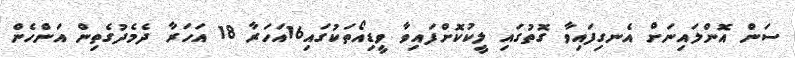
ސަން އޮންލައިނަށް އެނގިފައިވާ ގޮތުގައި ލީކުކޮށްފައިވާ ވީޑިއޯތަކުގައި16އަހަރާ 18 އަހަރާ ދެމެދުގެތިން އަންހެން